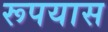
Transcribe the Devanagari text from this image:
रूपयास